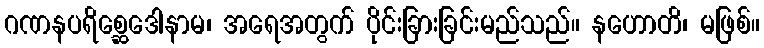
ဂဏနပရိစ္ဆေဒေါနာမ၊ အရေအတွက် ပိုင်းခြားခြင်းမည်သည်။ နဟောတိ၊ မဖြစ်။